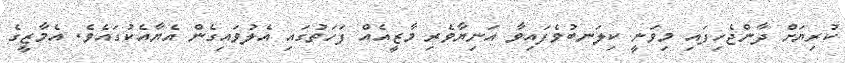
ކުރިޔަށް ދާންޖެހިފައި މިވަނީ ކިލަނބުވެފައިވާ އަނިޔާވެރި މާޒީއެއް ފަހަތުގައި އެލުވައިގެން އެޔާއެކުގައެވެ. އެމާޒީގެ